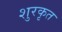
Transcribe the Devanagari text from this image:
शुरकृत